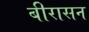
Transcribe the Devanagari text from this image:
बीरासन